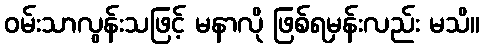
ဝမ်းသာလွန်းသဖြင့် မနာလို ဖြစ်ရမှန်းလည်း မသိ။